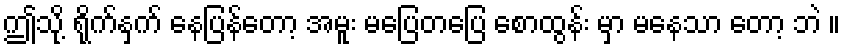
ဤသို့ ရိုက်နှက် နေပြန်တော့ အမူး မပြေတပြေ စောထွန်း မှာ မနေသာ တော့ ဘဲ ။